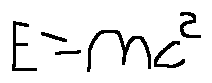
E = m c ^ { 2 }